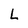
Character: L